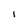
Character: i